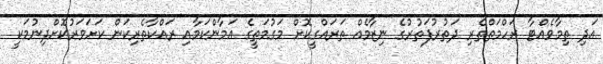
އަދި ތިމާވެއްޓާ ރަހްމަތްތެރި ދަތުރުފަތުރުގެ ނިޒާމެއް ތަރައްގީކޮށް މަގުމަތީގެ އަމާންކަމާއި ރައްކާތެރިކަން ކަށަވަރުކޮށްދިނުމަކީ